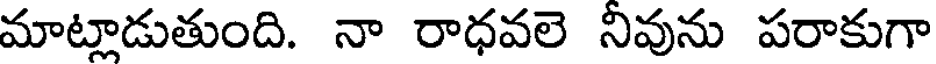
మాట్లాడుతుంది. నా రాధవలె నివును పరాకుగా